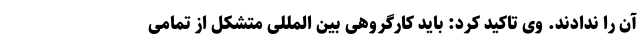
آن را ندادند. وی تاکید کرد: باید کارگروهی بین المللی متشکل از تمامی